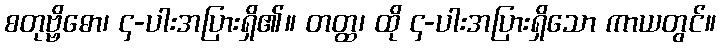
စတုဗ္ဗိဓော၊ ၄-ပါးအပြားရှိ၏။ တတ္ထ၊ ထို ၄-ပါးအပြားရှိသော ကာယတွင်။